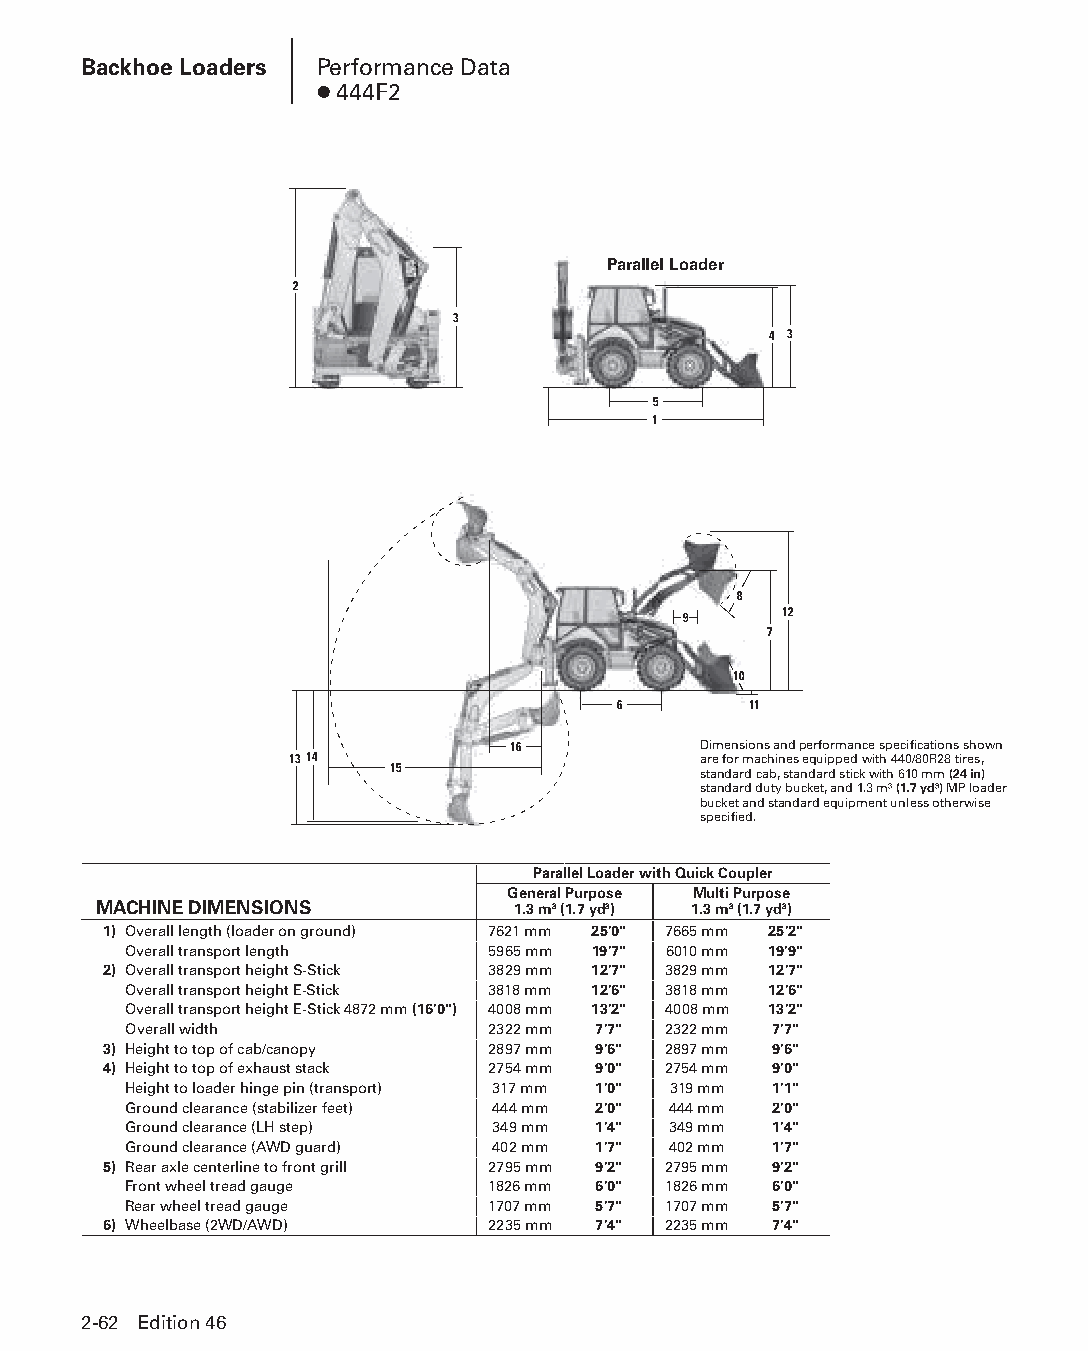
Backhoe Loaders Performance Data
 ● 444F2
 Parallel Loader
 2
 3
 4 3
 5
 1
 8
 9     12
 7
 10
 6        11
 16           Dimensions and performance specifications shown
 1314                       are for machines equipped with 440/80R28 tires,
 15                   standard cab, standard stick with 610 mm (24 in)
 standard duty bucket, and 1.3 m3 (1.7 yd3) MP loader
 bucket and standard equipment unless otherwise
 specified.
 Parallel Loader with Quick Coupler
 General Purpose Multi Purpose
 MACHINE DIMENSIONS         1.3 m3 (1.7 yd3) 1.3 m3 (1.7 yd3)
 1) Overall length (loader on ground) 7621 mm 25'0" 7665 mm 25'2"
 Overall transport length 5965 mm 19'7" 6010 mm 19'9"
 2) Overall transport height S-Stick 3829 mm 12'7" 3829 mm 12'7"
 Overall transport height E-Stick 3818 mm 12'6" 3818 mm 12'6"
 Overall transport height E-Stick 4872 mm (16'0") 4008 mm 13'2" 4008 mm 13'2"
 Overall width           2322 mm 7'7" 2322 mm 7'7"
 3) Height to top of cab/canopy 2897 mm 9'6" 2897 mm 9'6"
 4) Height to top of exhaust stack 2754 mm 9'0" 2754 mm 9'0"
 Height to loader hinge pin (transport) 317 mm 1'0" 319 mm 1'1"
 Ground clearance (stabilizer feet) 444 mm 2'0" 444 mm 2'0"
 Ground clearance (LH step) 349 mm 1'4" 349 mm 1'4"
 Ground clearance (AWD guard) 402 mm 1'7" 402 mm 1'7"
 5) Rear axle centerline to front grill 2795 mm 9'2" 2795 mm 9'2"
 Front wheel tread gauge 1826 mm 6'0" 1826 mm 6'0"
 Rear wheel tread gauge  1707 mm 5'7" 1707 mm 5'7"
 6) Wheelbase (2WD/AWD)    2235 mm 7'4" 2235 mm 7'4"
 2-62 Edition 46
 PPHHBB--SSeecc0022--1166..iinndddd 6622                        1122//44//1155 1100::2266 AAMM